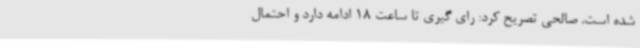
شده است. صالحی تصریح کرد: رای گیری تا ساعت 18 ادامه دارد و احتمال